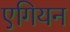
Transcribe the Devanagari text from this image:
एगियन